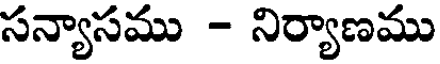
సన్యాసము - నిర్యాణము